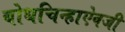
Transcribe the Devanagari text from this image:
बोधचिन्हाऐवजी